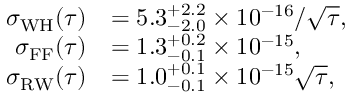
\begin{array} { r l } { \sigma _ { \mathrm { W H } } ( \tau ) } & { = 5 . 3 _ { - 2 . 0 } ^ { + 2 . 2 } \times 1 0 ^ { - 1 6 } / \sqrt { \tau } , } \\ { \sigma _ { \mathrm { F F } } ( \tau ) } & { = 1 . 3 _ { - 0 . 1 } ^ { + 0 . 2 } \times 1 0 ^ { - 1 5 } , } \\ { \sigma _ { \mathrm { R W } } ( \tau ) } & { = 1 . 0 _ { - 0 . 1 } ^ { + 0 . 1 } \times 1 0 ^ { - 1 5 } \sqrt { \tau } , } \end{array}